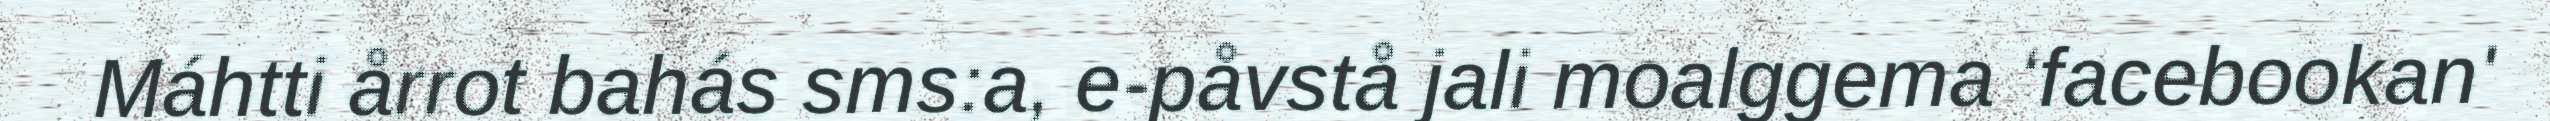
Máhtti årrot bahás sms:a, e-påvstå jali moalggema ‘facebookan'